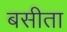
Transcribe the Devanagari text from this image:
बसीता